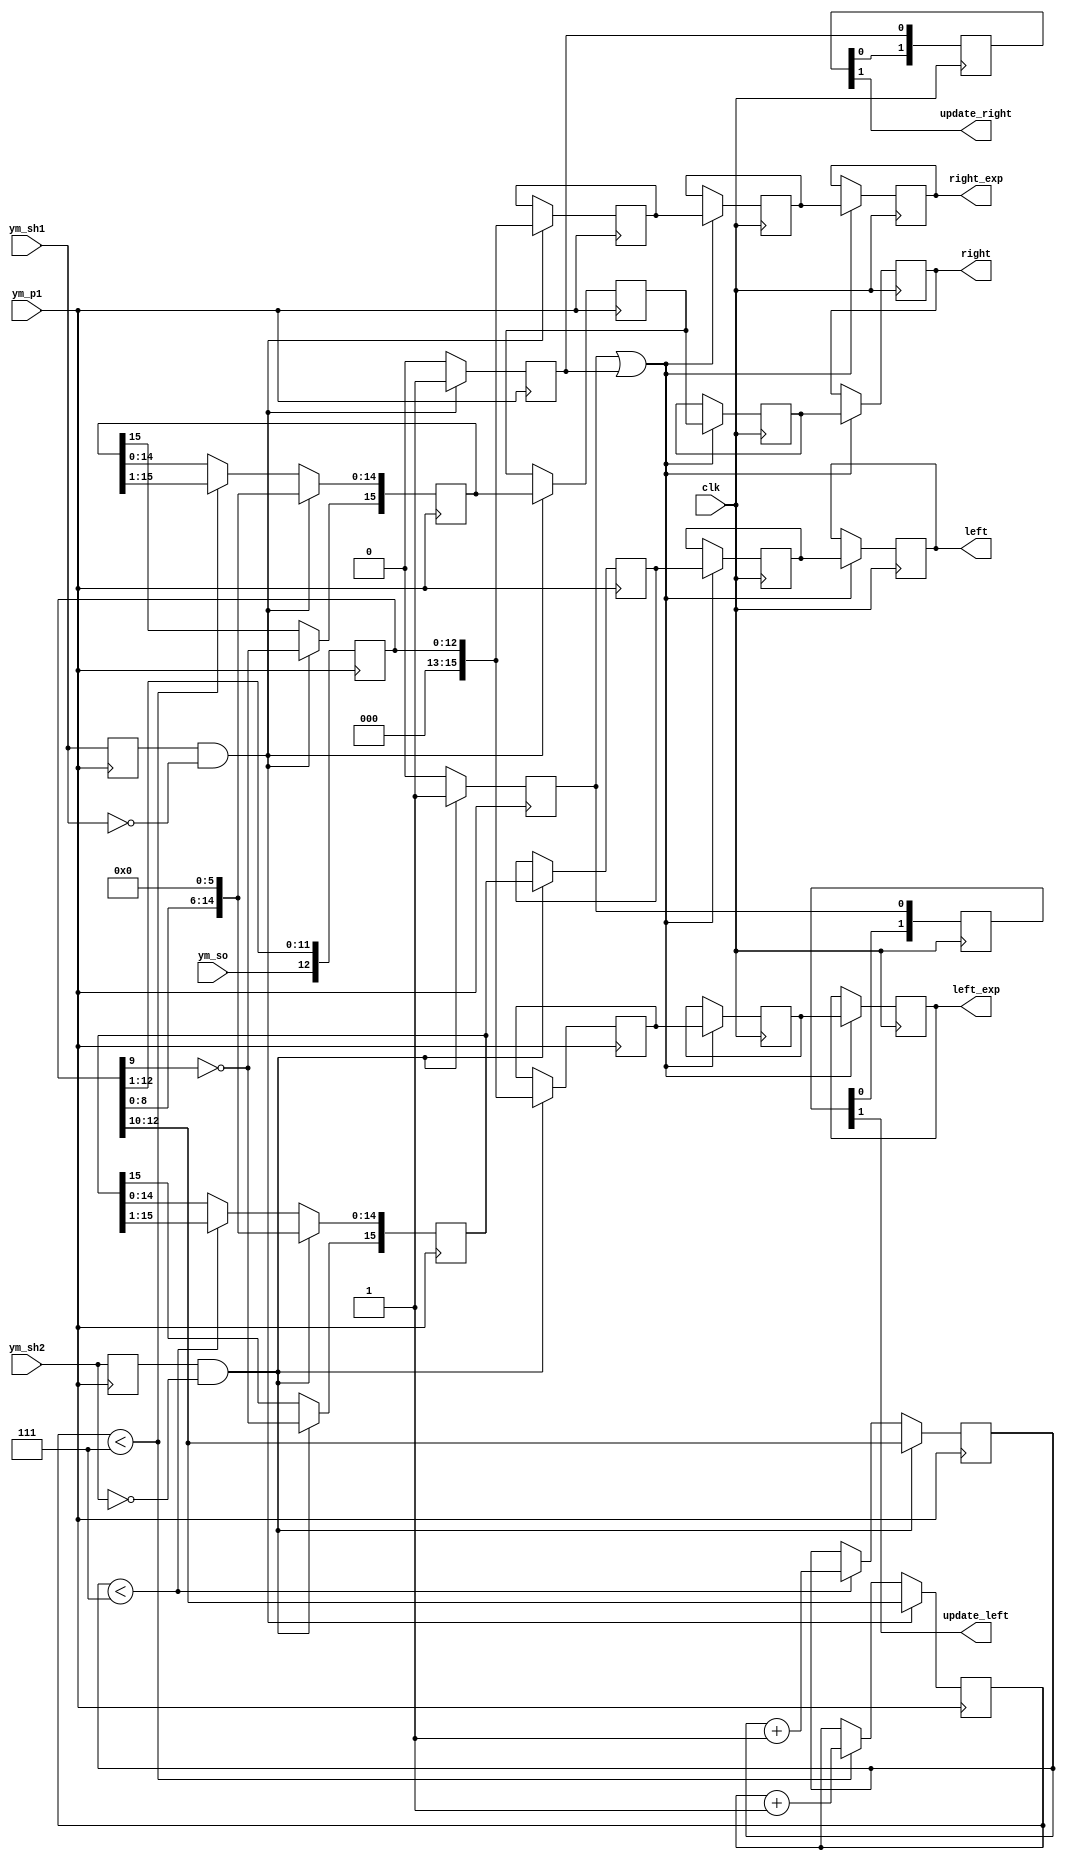
module so2par(
	input clk,	
	input ym_so,
	input ym_sh1,
	input ym_sh2,
	input ym_p1,
	output reg [15:0] left,
	output reg [15:0] right,
	output reg [15:0] left_exp,
	output reg [15:0] right_exp,	
	output            update_left,
	output            update_right
);

reg [12:0] sreg;
reg last_ym_sh1,last_ym_sh2;

reg [15:0] dr,dl;
reg [15:0] left0_pm, right0_pm;
reg [ 2:0] sr,sl;

reg [15:0] out_r,out_l;
reg update_l, update_r;

always @(posedge ym_p1) begin : sh_edges
	last_ym_sh1 <= ym_sh1;
	last_ym_sh2 <= ym_sh2;
end

always @(posedge ym_p1) begin : shift_register
	// shift register
	sreg <= {ym_so,sreg[12:1]};

	if(last_ym_sh1 & ~ym_sh1)
	begin
		update_r <= 1'b1;
		out_r    <= dr;
		sr       <= sreg[12:10];
		dr       <= {~sreg[9],sreg[8:0],6'b000000};
		right0_pm<= { 3'd0, sreg };
	end else begin
		update_r <= 1'b0;
		if(sr<7) begin
			sr       <= sr + 1;
			dr[14:0] <= dr[15:1];
		end
	end
	
	if(last_ym_sh2 & ~ym_sh2)
	begin
		update_l <= 1'b1;
		out_l    <= dl;		
		sl       <= sreg[12:10];
		dl       <= {~sreg[9],sreg[8:0],6'b000000};
		left0_pm <= { 3'd0, sreg };
	end else begin
		update_l <= 1'b0;
		if(sl<7) begin
			sl       <= sl + 1;
			dl[14:0] <= dl[15:1];
		end
	end
end

reg [1:0] aux_upr, aux_upl;
assign update_right = aux_upr[1];
assign update_left  = aux_upl[1];

always @(posedge clk) begin : update_sync
	aux_upr[0] <= update_r;
	aux_upr[1] <= aux_upr[0];
	aux_upl[0] <= update_l;
	aux_upl[1] <= aux_upl[0];
end

reg [15:0] aux_l, aux_r, left1, right1;

always @(posedge clk) begin : output_sync
	if( update_l | update_r ) begin
		aux_r    <= out_r;
		right    <= aux_r;
		aux_l    <= out_l;
		left     <= aux_l;
		// salidas en formato exponencial
		left1    <= left0_pm;
		left_exp <= left1;
		right1   <= right0_pm;
		right_exp<= right1;
	end
end

endmodule